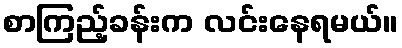
စာကြည့်ခန်းက လင်းနေရမယ်။